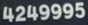
4249995